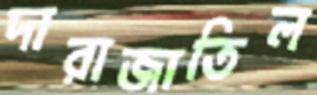
দারাজাতিল